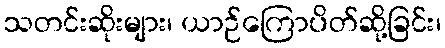
သတင်းဆိုးများ၊ ယာဉ်ကြောပိတ်ဆို့ခြင်း၊